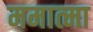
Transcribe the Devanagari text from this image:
ममात्मा